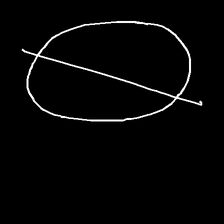
Glyph: orb